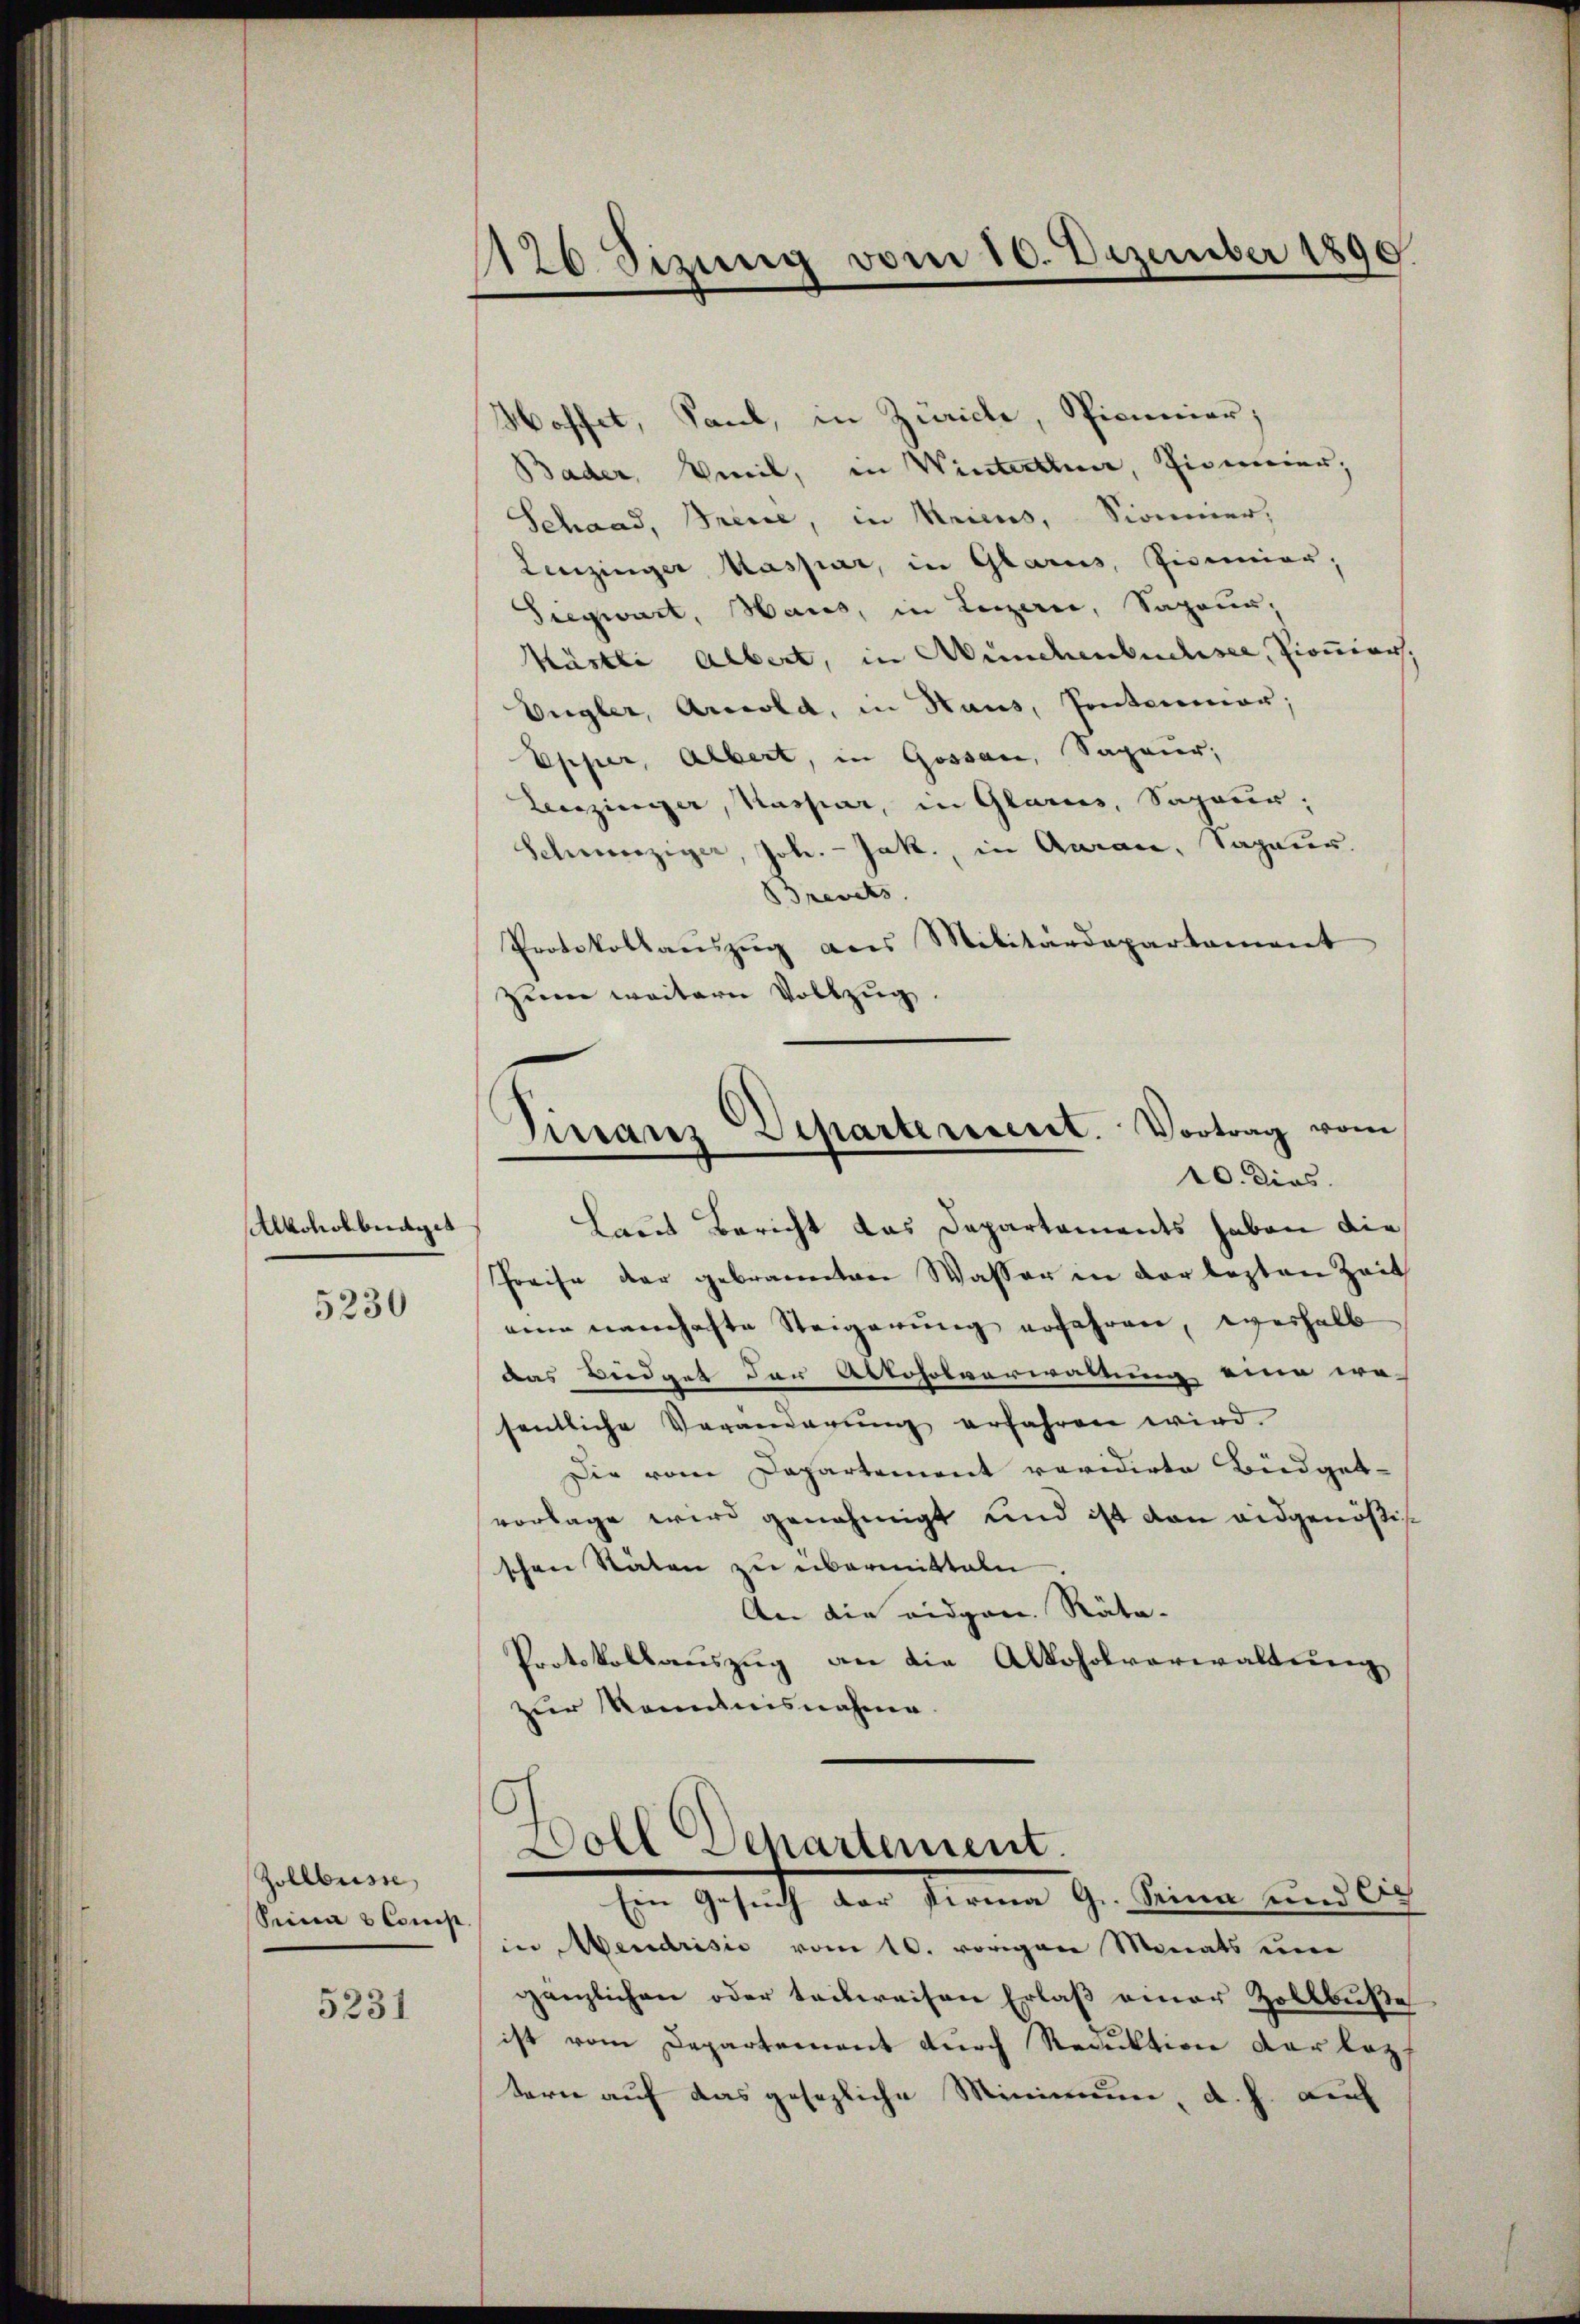
Alkoholberges

5230

Zollbusse
Seine 2 Cons

5231

1126 Sizung vom 10. Dezember 1890

Hoffet, Sand, in Zürich, Spicunier;
Bader, Weil, in Winterthur, Zimerer,
Schaad, Breise, in Meicus, Sonner,
Leuzinger Kaspar, in Glarus, Eisenior,
Siegwart, Haus, in Luzern, Sapeur;
Kästli Albert, in Münchenbuchsee, Pionier,
Ungler, Arcola, in Haus, Pontenmar;
Epper, Albert, in Gossan, Sapeur;
Leuziniger, Kassar, in Glarus, Sapeur;
Schweiziger, Joh. Jak., in Aarau, Sapaur.
Brevets
Protokollaŭszŭg als Militärdepartament
seen weitern Vollzug.
Virsares Separtereseret. Vortrag vom
e
d
10. dies
Laut Bericht das Departements haben die
Preise der gebrannten Wasser in der lezten Zeit
eine neuchafte Steigerung erfahren, weshalb
das Biedget der Alkoholverwaltung eine we-
sentliche Veränderŭng erfahren wird.
Die vom Departement revidirte Büdget-
vorlage wird genehmigt und ist von eidgenößis
schen Stäten zu übermitteln
An die eidgen. Räta-
Protokollauszug an die Alkoholverwaltung
zur Renntnisnahme

Doll Separtement.
Ein Gesuch der Firma G. Seine und Sch

in Mendrisie vom 10. vorigen Monats um
gänzlichen oder teilweisen Erlaβ einer Zollbuße
ist vom Departement durch Reduktion darkopf
terne auf das gesezliche Minimum, d. h. auf